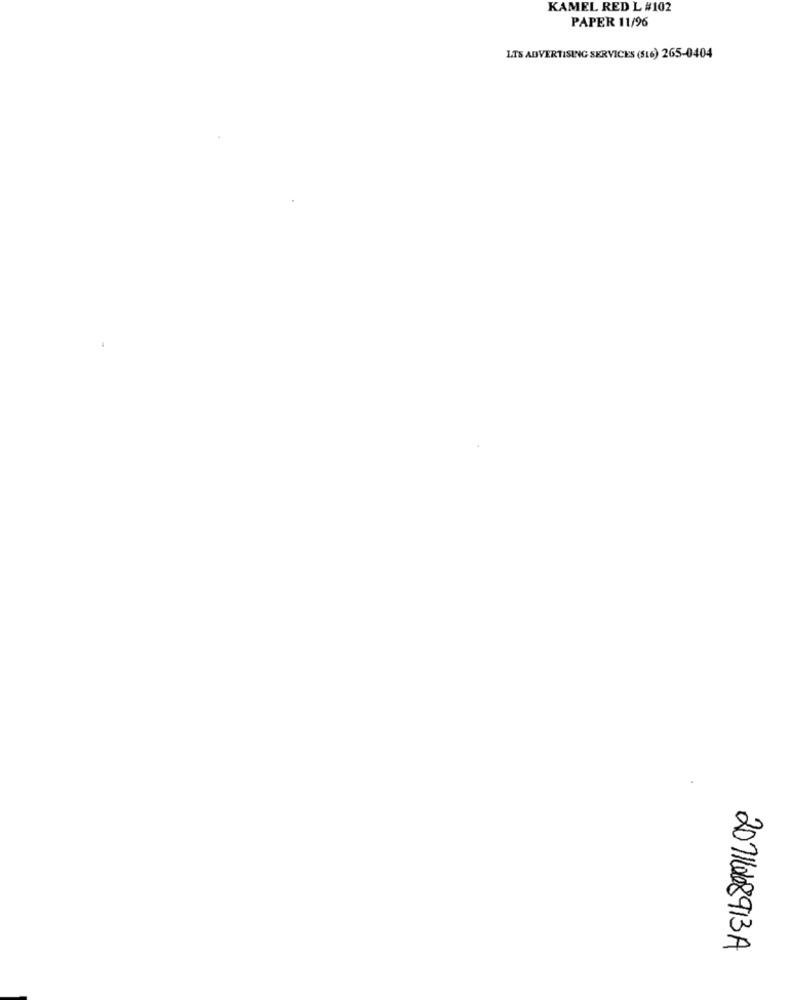
KAMEL RED L #102
PAPER 11/96
LTS ADVERTISING SERVICES (516) 265-0404
2011668913A